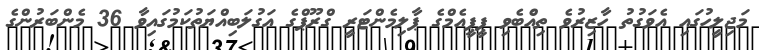
މަޖިލީހުގައި އެވަގުތު ހާޒިރުވެ ތިއްެބެވި ޕީޕީއެމްގެ ޕާލިމެންޓަރީ ގްރޫޕްގެ އަގުލަބިއްޔަތުކަމުގައިވާ 36 މެންބަރުންގެ